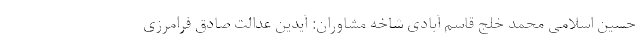
حسین اسلامی محمد خلج قاسم آبادی شاخه مشاوران: آیدین عدالت صادق فرامرزی